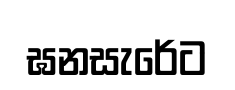
ඝනසැරේට